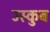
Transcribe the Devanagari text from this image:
उस्कुब